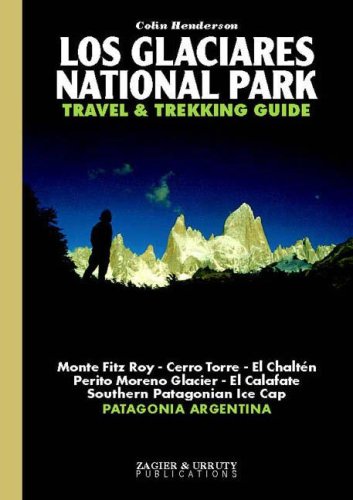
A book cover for Los Glaciares National Park Travel & Trekking Guide: Fitz Roy, Cerro Torre, Patagonian Ice Cap, Patagonia, Calafate, Chalten; Colin Henderson; Travel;